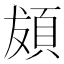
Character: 𩑱